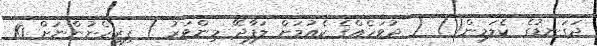
ދަގަނޑުގެ ކެލަމިން() ( ދުވަހެއްގެ ކެއުމަށް ލަފާދޭ މިންވަރު ) ފިރިހެނުންނަށް 10